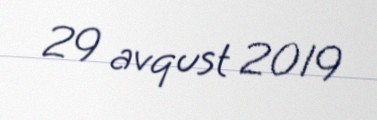
29 avqust 2019